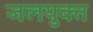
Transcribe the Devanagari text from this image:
जलयुक्‍त